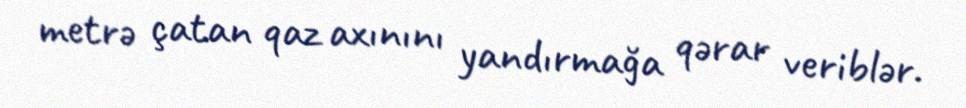
metrə çatan qaz axınını yandırmağa qərar veriblər.